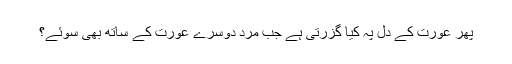
پھر عورت کے دل پہ کیا گزرتی ہے جب مرد دوسرے عورت کے ساتھ بھی سوئے؟